Annual report on the Civil Veterinary Department, Burma (including the Insein Veterinary School) - 1932-1941
Year: 1932
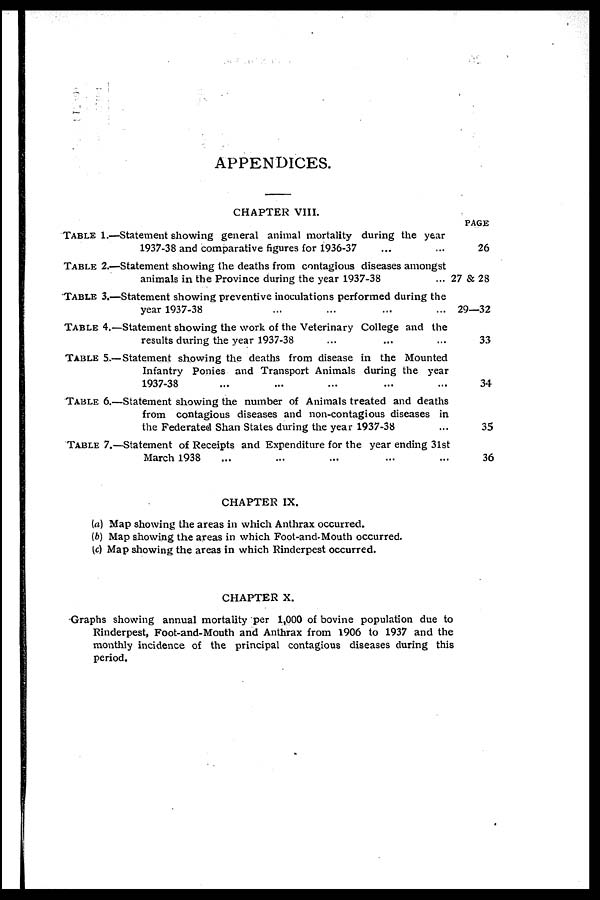
APPENDICES.
CHAPTER VIII.
TABLE 1.—Statement showing general animal mortality during the year
1937-38 and comparative figures for 1936-37 ... ...
TABLE 2.—Statement showing the deaths from contagious diseases amongst
animals in the Province during the year 1937-38
...
TABLE 3.—Statement showing preventive inoculations performed during the
year 1937-38 ... ... ... ...
TABLE 4.—Statement showing the work of the Veterinary College and the
results during the year 1937-38 ... ... ...
TABLE 5.—Statement showing the deaths from disease in the Mounted
Infantry Ponies and Transport Animals during the year
1937-38 ... ... ... ... ...
TABLE 6.—Statement showing the number of Animals treated and deaths
from contagious diseases and non-contagious diseases in
the Federated Shan States during the year 1937-38 ...
TABLE 7.—Statement of Receipts and Expenditure for the year ending 31st
March 1938 ... ... ... ... ...
PAGE
26
27 & 28
29—32
33
34
35
36
CHAPTER IX.
(a) Map showing the areas in which Anthrax occurred.
(b) Map showing the areas in which Foot-and-Mouth occurred.
(c) Map showing the areas in which Rinderpest occurred.
CHAPTER X.
Graphs showing annual mortality per 1,000 of bovine population due to
Rinderpest, Foot-and-Mouth and Anthrax from 1906 to 1937 and the
monthly incidence of the principal contagious diseases during this
period.